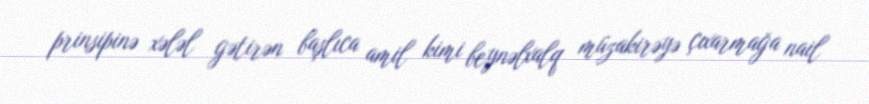
prinsipinə xələl gətirən başlıca amil kimi beynəlxalq müzakirəyə çıxarmağa nail